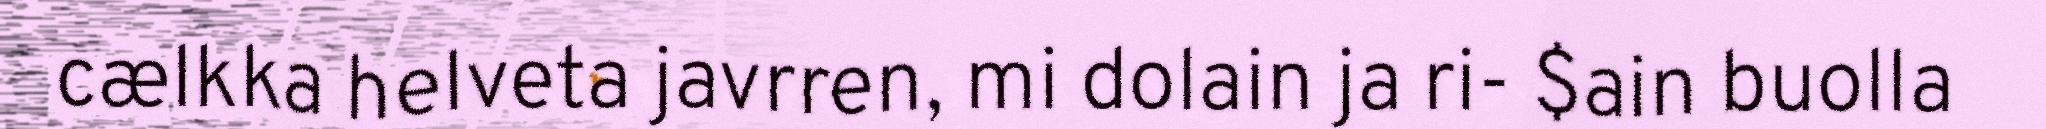
cælkka helveta javrren, mi dolain ja ri- $ain buolla